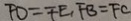
F D = F E , F B = F C